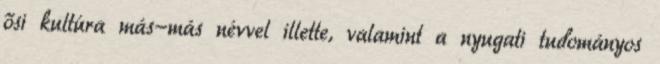
ősi kultúra más-más névvel illette, valamint a nyugati tudományos